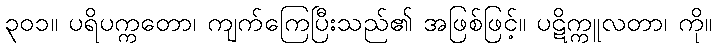
၃၀၁။ ပရိပက္ကတော၊ ကျက်ကြေပြီးသည်၏ အဖြစ်ဖြင့်။ ပဋိက္ကူလတာ၊ ကို။